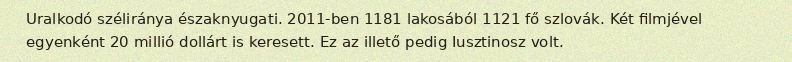
Uralkodó széliránya északnyugati. 2011-ben 1181 lakosából 1121 fő szlovák. Két filmjével egyenként 20 millió dollárt is keresett. Ez az illető pedig Iusztinosz volt.